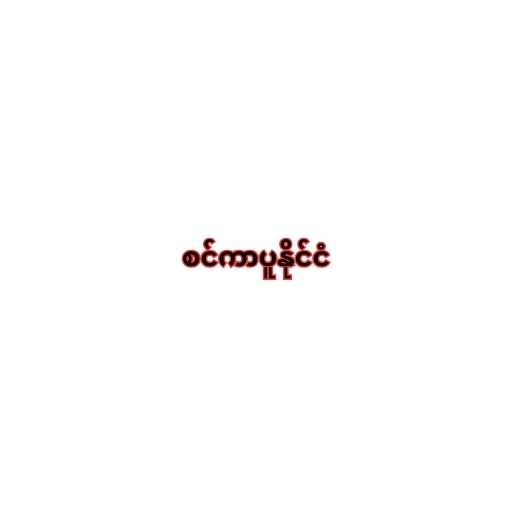
စင်ကာပူနိုင်ငံ